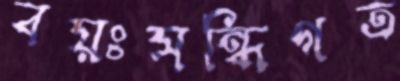
বয়ঃসন্ধিগত